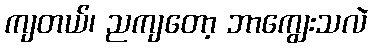
ကျတယ်၊ ညကျတော့ ဘာကျွေးသလဲ